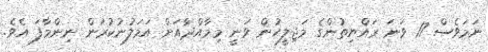
ނަމަވެސް 17 ވަަނަ ރައްޔިތުންގެ މަޖިލީހުން ވަނީ މިމާއްދާއަށް އަމަލުނުކުރަން ނިންމާފަ އެވެ.